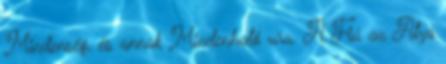
Mindenség, és annak Mindenható ura. A Fiú az Atya